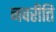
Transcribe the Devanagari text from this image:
नवरीति